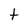
Character: t